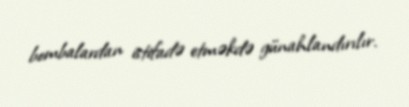
bombalardan istifadə etməkdə günahlandırılır.